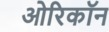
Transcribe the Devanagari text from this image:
ओरिकॉन